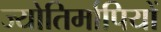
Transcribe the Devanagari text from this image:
ज्योतिर्मापियों